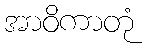
အာဝိကာတုံ